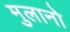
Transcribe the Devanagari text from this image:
मुलानो